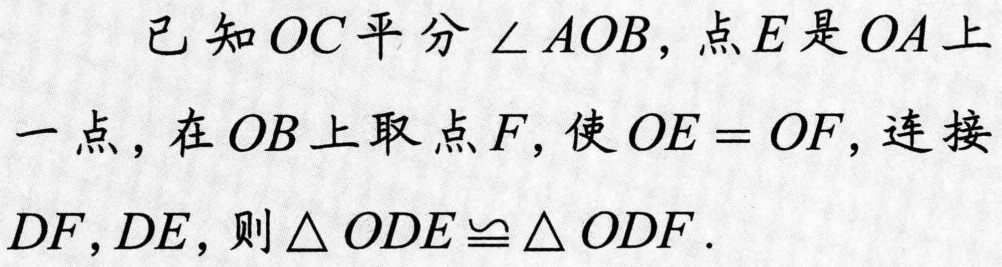
已知$OC$平分$\angle AOB$，点$E$是$OA$上一点，在$OB$上取点$F$，使$OE = OF$，连接$DF,DE$，则$\triangle ODE\cong\triangle ODF$.